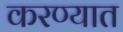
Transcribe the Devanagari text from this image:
करण्यात